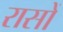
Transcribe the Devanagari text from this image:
रासों